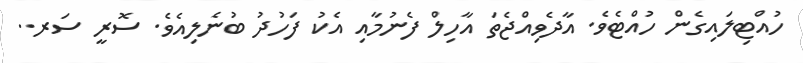
ހުއްޓިލައިގެން ހުއްޓެވެ. އާދެވިއްޖެތަ އާހިލް ފެނުމާއި އެކު ފަހުދު ބުނެލިއެވެ. ސޮރީ ސަރ..